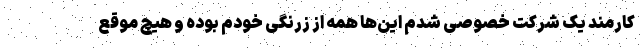
کارمند یک شرکت خصوصی شدم این‌ها همه از زرنگی خودم بوده و هیچ موقع